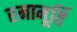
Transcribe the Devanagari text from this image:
रमामूर्ति